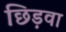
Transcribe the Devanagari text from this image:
छिड़वा